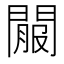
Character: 𨵟